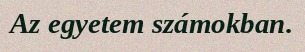
Az egyetem számokban.